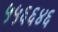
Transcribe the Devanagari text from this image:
५५६६४६